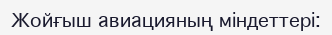
Жойғыш авиацияның міндеттері: